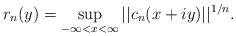
LaTeX: \begin{align*}r_n(y)=\sup_{-\infty<x<\infty}||c_n(x+iy)||^{1/n}. \end{align*}